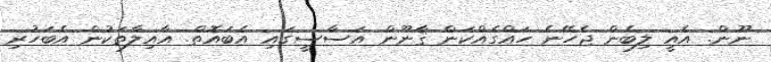
ނޫން. އެއީ ލިބެން ޖެހޭނެ ހައްގެއްކަން ޤާނޫން އަސާސީގައި އެބައޮތް. އާއިލާތަކުން އެބަހުރި